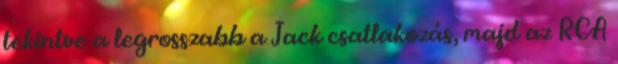
tekintve a legrosszabb a Jack csatlakozás, majd az RCA